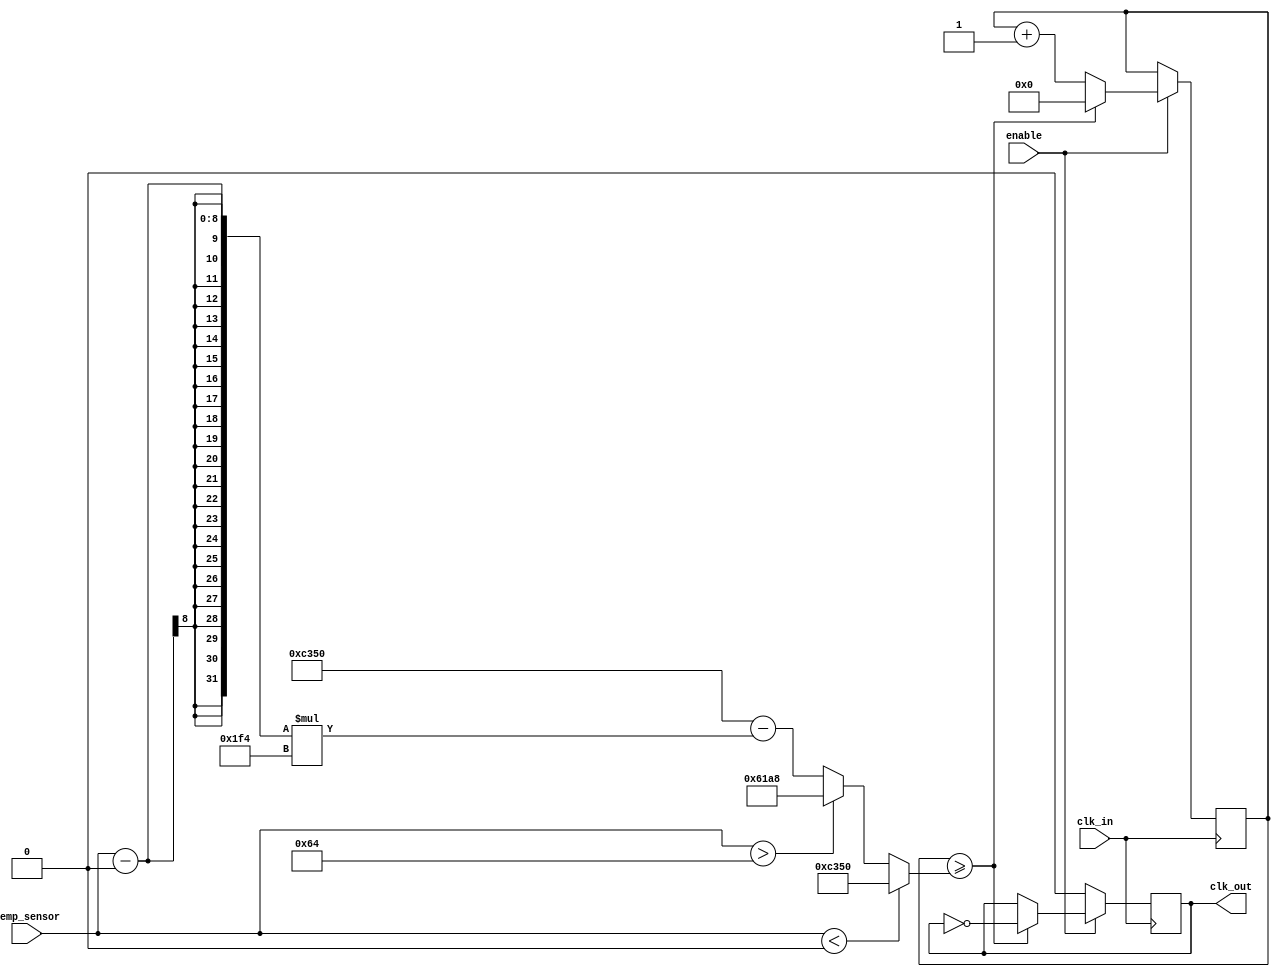
module TempCompensatedClockBuffer (
    input wire clk_in,              // Input clock from high-frequency oscillator
    input wire [7:0] temp_sensor,   // 8-bit digital temperature sensor output
    input wire enable,               // Enable signal for the clock buffer
    output reg clk_out               // Output clock after compensation
);

// Parameters for temperature compensation
parameter TEMP_MIN = 8'd0;        // Minimum temperature value
parameter TEMP_MAX = 8'd100;      // Maximum temperature value
parameter CLK_BASE_FREQ = 50_000; // Base clock frequency in Hz

// Internal signals
reg [31:0] clk_divider;            // Clock divider based on temperature
reg [31:0] clk_counter;            // Clock counter for generating compensated clock

// Compensation logic based on temperature
always @(*) begin
    if (temp_sensor < TEMP_MIN) begin
        clk_divider = CLK_BASE_FREQ; // No compensation
    end else if (temp_sensor > TEMP_MAX) begin
        clk_divider = CLK_BASE_FREQ / 2; // Example: reduce frequency at high temp
    end else begin
        // Linear compensation example
        clk_divider = CLK_BASE_FREQ - ((temp_sensor - TEMP_MIN) * (CLK_BASE_FREQ / (TEMP_MAX - TEMP_MIN)));
    end
end

// Clock generation with buffering
always @(posedge clk_in) begin
    if (enable) begin
        clk_counter <= clk_counter + 1;
        if (clk_counter >= clk_divider) begin
            clk_out <= ~clk_out; // Toggle output clock
            clk_counter <= 0;    // Reset counter
        end
    end else begin
        clk_out <= 0; // Disable output clock when not enabled
    end
end

endmodule